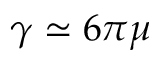
\gamma \simeq 6 \pi \mu